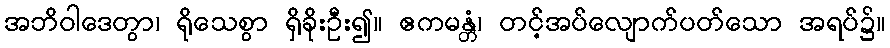
အဘိဝါဒေတွာ၊ ရိုသေစွာ ရှိခိုးဦး၍။ ဧကမန္တံ၊ တင့်အပ်လျောက်ပတ်သော အရပ်၌။